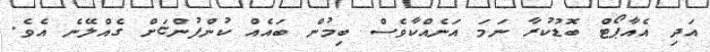
އަދި އެއާޕޯޓް ބޮޑުކުރާ ނަމަ އަނެއްކާވެސް ބިމުން ބައެއް ކުންފުންޏަށް ގެއްލޭނެ އެވެ.